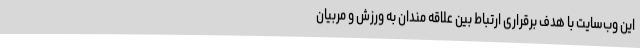
این وب‌سایت با هدف برقراری ارتباط بین علاقه مندان به ورزش و مربیان